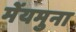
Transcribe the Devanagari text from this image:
मेंयमुना